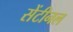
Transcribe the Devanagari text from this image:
सेंटीनल